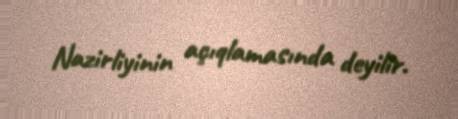
Nazirliyinin açıqlamasında deyilir.